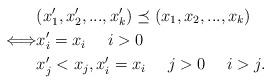
LaTeX: \begin{align*}&(x_1^{\prime},x_2^{\prime},...,x_k^{\prime})\preceq (x_1,x_2,...,x_k)\\ \Longleftrightarrow & x_i^{\prime}=x_i\ \ \ \ i>0\ \ \\& x_j^{\prime}<x_j, x_i^{\prime}=x_i\ \ \ \ j>0\ \ \ \ i>j.\end{align*}